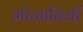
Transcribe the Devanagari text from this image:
गोजातियाँ